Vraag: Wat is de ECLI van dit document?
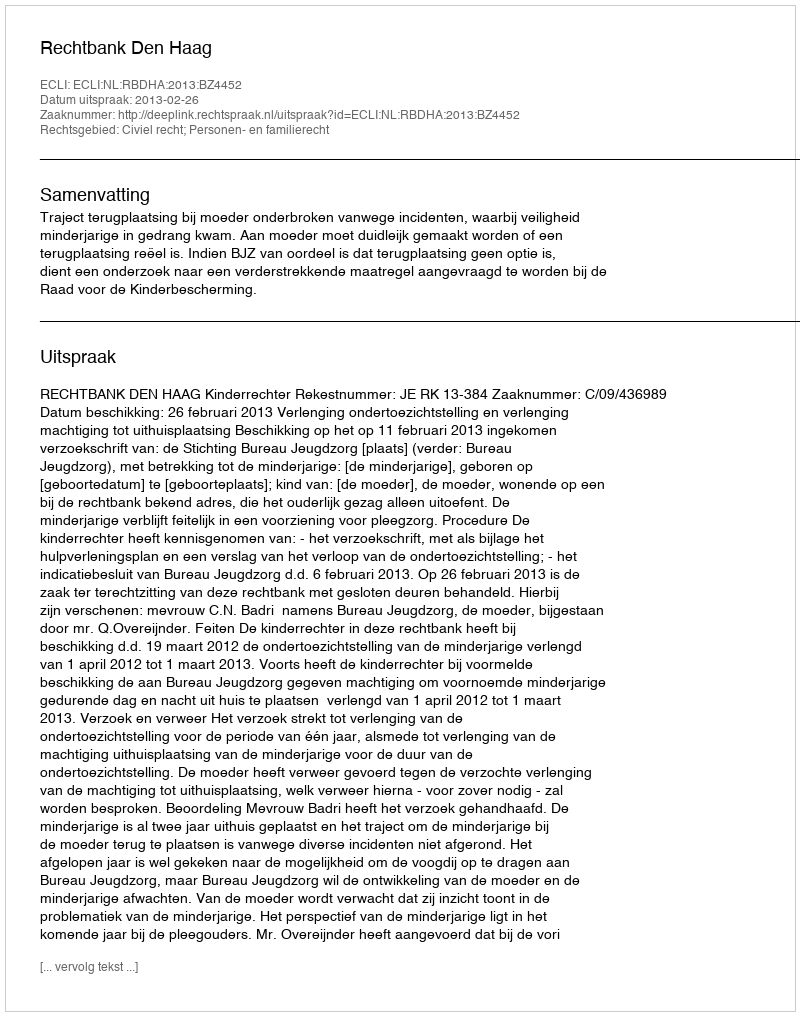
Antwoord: ECLI:NL:RBDHA:2013:BZ4452